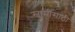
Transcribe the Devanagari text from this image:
स्वामींसाठी